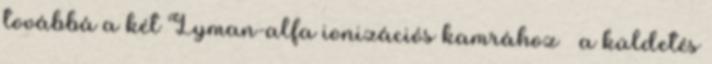
továbbá a két Lyman-alfa ionizációs kamrához – a küldetés